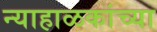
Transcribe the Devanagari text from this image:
न्याहाळकांच्या